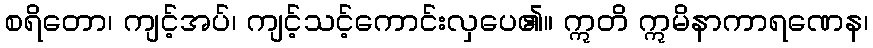
စရိတော၊ ကျင့်အပ်၊ ကျင့်သင့်ကောင်းလှပေ၏။ ဣတိ ဣမိနာကာရဏေန၊